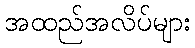
အထည်အလိပ်များ